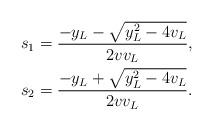
LaTeX: \begin{align*}s_1 &=\frac{-y_L-\sqrt{y_L^2-4v_L}}{2v v_L}, \\s_2 &=\frac{-y_L+\sqrt{y_L^2-4v_L}}{2v v_L}.\end{align*}